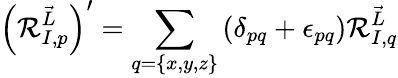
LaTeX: \left(\mathcal{R}_{I,p}^{\vec{{L}}}\right)^{\prime}=\sum_{q=\{ x,y,z\} }\left(\delta_{pq}+\epsilon_{pq}\right)\mathcal{R}_{I,q}^{\vec{{L}}}